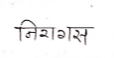
मजकूर: निरागस